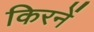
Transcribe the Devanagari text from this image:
किरनें